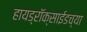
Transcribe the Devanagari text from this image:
हायड्राॅक्साईडच्या